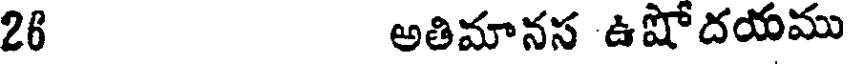
26 అతిమానస ఉషోదయము